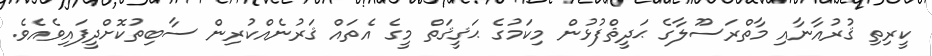
ކީރިތި ޤުރުއާނާއި މާތްރަސޫލާގެ ޙަދީޘްފުޅުން މިކަމުގެ ޙަޤީޤަތް މީގެ އެތައް ޤަރުނެއްކުރިން ސާބިތުކޮށްދީފައިވެއެވެ.